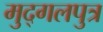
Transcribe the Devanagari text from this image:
मुद्गलपुत्र